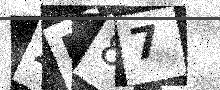
Text: ZR87